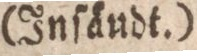
(Inſändt.)